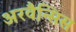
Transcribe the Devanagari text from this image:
अरवैन्सिस